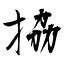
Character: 拹